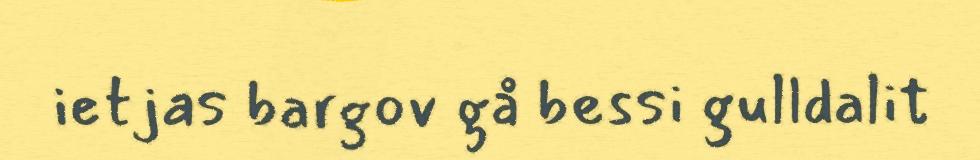
ietjas bargov gå bessi gulldalit